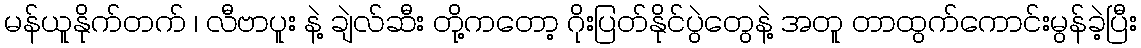
မန်ယူနိုက်တက် ၊ လီဗာပူး နဲ့ ချဲလ်ဆီး တို့ကတော့ ဂိုးပြတ်နိုင်ပွဲတွေနဲ့ အတူ တာထွက်ကောင်းမွန်ခဲ့ပြီး